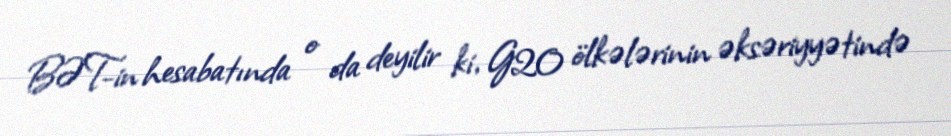
BƏT-in hesabatında o da deyilir ki, G20 ölkələrinin əksəriyyətində